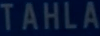
TAHLA